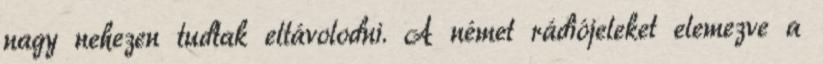
nagy nehezen tudtak eltávolodni. A német rádiójeleket elemezve a